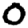
Digit: 0